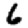
Digit: 6